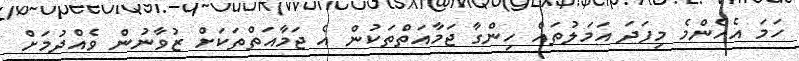
ހަމަ އެހެންމެ މިފަދަ އަމަލުތައް ހިންގާ ޖަމާއަތްތަކުން އެ ޖަމާއަތްތަކަށް ޒުވާނުން ވެއްދުމަށް